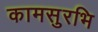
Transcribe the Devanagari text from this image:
कामसुरभि